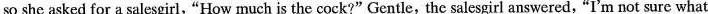
so she asked for a salesgirl, "How much is the cock?"Gentle, the salesgirl answered, "I'm not sure what